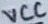
Text: VCC